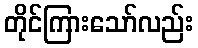
တိုင်ကြားသော်လည်း